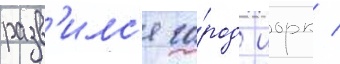
разв'илс'я го́род иорк /